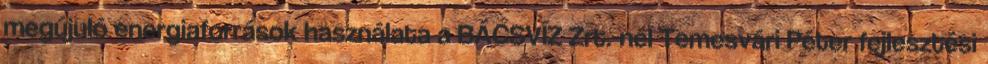
megújuló energiaforrások használata a BÁCSVÍZ Zrt.-nél Temesvári Péter fejlesztési